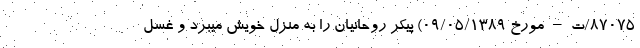
87075/ت – مورخ 09/05/1389) پیکر روحانیان را به منزل خویش میبرد و غسل